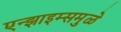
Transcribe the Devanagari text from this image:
एन्झाइम्समुळे